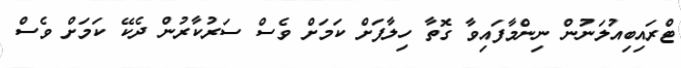
ޓްރައިބިއުލަނުން ނިންމާފައިވާ ގޮތާ ހިލާފަށް ކަމަށް ވެސް ސަރުކާރުން ދެކޭ ކަމަށް ވެސް